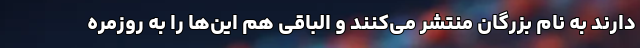
دارند به نام بزرگان منتشر می‌کنند و الباقی هم این‌ها را به روزمره